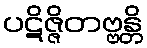
ပဋိဇ္ဇိတဗ္ဗန္တိ